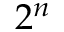
2 ^ { n }